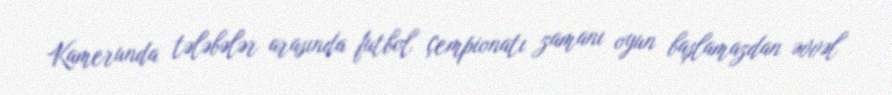
Kamerunda tələbələr arasında futbol çempionatı zamanı oyun başlamazdan əvvəl